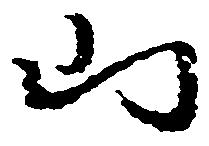
山